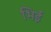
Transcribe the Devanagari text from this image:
भिई